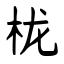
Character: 栊